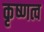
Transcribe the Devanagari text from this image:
कृष्णत्व